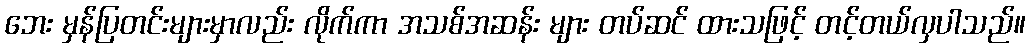
ဘေး မှန်ပြတင်းများမှာလည်း လိုက်ကာ အသစ်အဆန်း များ တပ်ဆင် ထားသဖြင့် တင့်တယ်လှပါသည်။